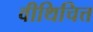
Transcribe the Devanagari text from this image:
वीथिचित्त